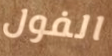
الفول